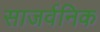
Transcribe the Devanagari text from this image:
साजर्वनिक